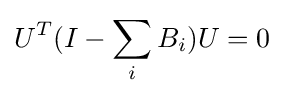
U^{T}(I-\sum _{i}B_{i})U=0